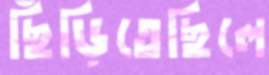
ছিঁড়িতেছিলে